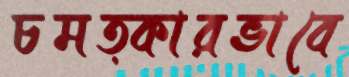
চমত্কারভাবে